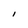
Character: I